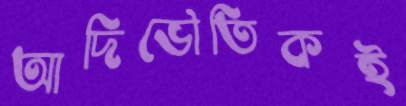
আদিভৌতিকই